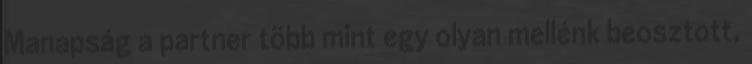
Manapság a partner több mint egy olyan mellénk beosztott,